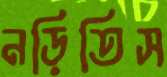
নড়িতিস